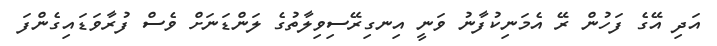
އަދި އޭގެ ފަހުން ރޭ އެމަނިކުފާނު ވަނީ އިނގިރޭސިވިލާތުގެ ލަންޑަނަށް ވެސް ފުރާވަޑައިގެންފަ